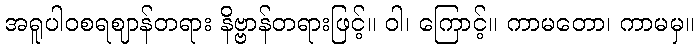
အရူပါဝစရဈာန်တရား နိဗ္ဗာန်တရားဖြင့်။ ဝါ၊ ကြောင့်။ ကာမတော၊ ကာမမှ။